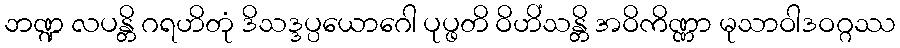
ဘဏ္ဍ လပန္တိ ဂရဟိတုံ ဒိသဒ္ဒပ္ပယောဂေါ ပုပ္ဖတိ ဝိဟိံသန္တိ အဝိကိဏ္ဏာ မုသာဝါဒဝဂ္ဂဿ